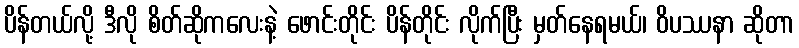
ပိန်တယ်လို့ ဒီလို စိတ်ဆိုကလေးနဲ့ ဖောင်းတိုင်း ပိန်တိုင်း လိုက်ပြီး မှတ်နေရမယ်၊ ဝိပဿနာ ဆိုတာ